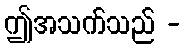
ဤအသက်သည် -